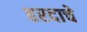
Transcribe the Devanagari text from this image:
हरदाचे